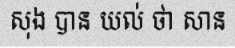
សុង បាន យល់ ថា សាន